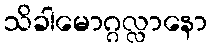
သိခါမောဂ္ဂလ္လာနော